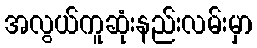
အလွယ်ကူဆုံးနည်းလမ်းမှာ